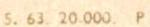
5. 63. 20.000 P